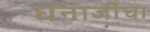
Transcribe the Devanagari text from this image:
धनाजींचा